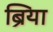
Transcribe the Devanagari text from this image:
ब्रिया